Annual report on the working of the mental hospitals in the Madras Presidency - 1912-1932
Year: 1912
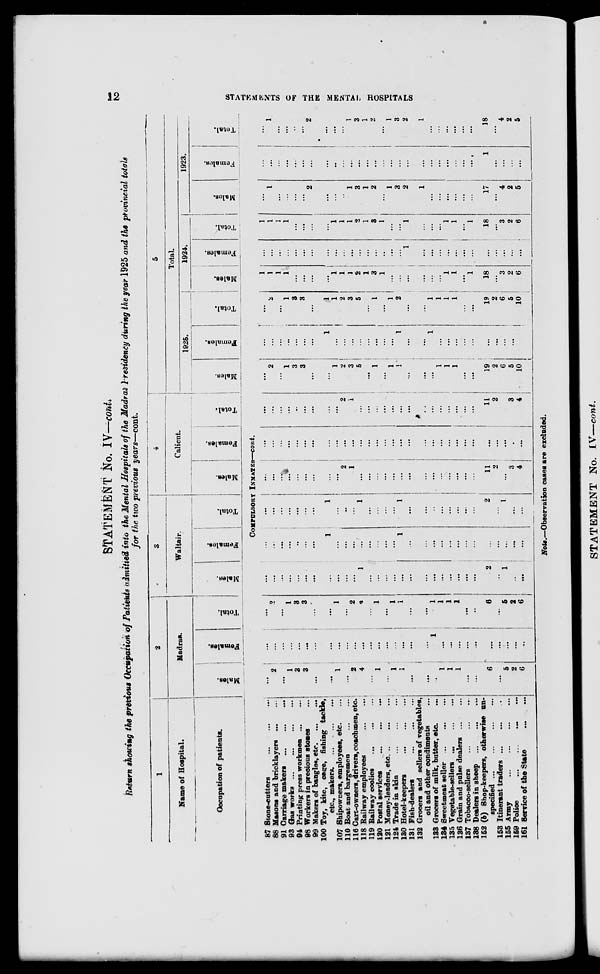
12
STATEMNTS OF THE MENTAL HOSPITALS
STATEMENT No. IV—cont.
Return showing the previous Occupation of Patients admitted into the Mental Hospitals of the Madras Presidency during the year 1925 and the provincial totals
for the two previous years—cont.
1
Name of Hospital.
Occupation of patients.
87 Stone-cutters ... ... ...
88 Masons and bricklayers
...
...
91 Carriage makers
...
...
...
93 Gas works
...
...
...
...
94 Printing press workmen
...
...
98 Workers in precious stones ...
99 Makers of bangles, etc
...
...
100 Toy, kite, cage, fishing tackle,
etc., makers.
...
...
...
107 Shipowners, employees, etc. ...
110 Boat and bargemen
...
...
116 Cart-owners, drivers, coachmen, etc.
118 Railway employees
...
...
...
119 Railway coolies
...
...
...
120 Postal services
...
...
...
121 Money-lenders, etc. ... ... ...
124 Trade in skin
...
...
...
130 Hotel-keepers
...
...
...
131 Fish-dealers
...
...
...
132 Grocers and sellers of vegetables,
oil and other condiments ...
133 Grocers of milk, batter, etc. ...
134 Sweetmeat seller
...
...
...
135 Vegetable-sellers ... ... ...
136 Grain and pulse dealers ... ... ...
137 Tobacco-sellers
...
...
...
138 Dealers in sheep ... ... ...
152 (b) Shop-keepers, otherwise un-
specified ...
...
...
...
153 Itinerant traders ... ... ...
155 Army
...
...
...
...
159 Police
...
...
...
161 Service of the State
...
...
2
Madras.
Males.
Females.
Total.
3
Waltair.
Males.
Females.
Total.
4
Calicut.
Males.
Females.
Total.
5
Total.
1925.
Males.
Females.
Total.
1924.
Males.
Females.
Total.
1923.
Males.
Females.
Total.
COMPULSORY INMATES—cont.
...
2
...
1
3
3
...
...
1
...
2
4
...
1
...
1
1
...
...
..
1
1
1
...
...
6
...
5
2
6
...
...
...
...
...
...
...
...
...
...
...
...
...
...
...
...
...
...
...
1
...
...
...
...
...
...
...
...
...
...
...
2
...
1
3
3
...
...
1
...
2
4
...
1
...
1
1
...
...
1
1
1
1
...
..
6
...
5
2
6
...
...
...
...
...
...
...
...
...
...
...
1
...
...
...
...
...
...
...
...
...
...
...
...
...
2
...
1
...
...
...
...
...
...
...
...
...
1
...
...
...
...
...
...
...
...
1
...
...
...
...
...
...
...
...
...
...
...
...
...
...
.
...
...
...
...
...
1
...
...
...
1
...
...
...
...
1
...
...
...
...
...
...
...
...
2
...
1
...
...
...
...
...
...
...
...
...
...
...
2
1
...
...
...
...
...
...
...
...
...
...
...
...
...
...
11
2
...
3
4
...
...
...
...
...
...
...
...
...
...
...
...
...
...
...
...
...
...
...
...
...
...
...
...
...
...
...
...
...
...
...
...
...
...
...
...
...
...
...
2
1
...
...
...
...
...
...
...
...
...
...
...
...
...
...
11
2
...
3
4
...
2
...
1
3
3
...
...
1
2
3
5
...
1
...
1
1
...
...
...
1
1
1
...
...
19
2
6
5
10
...
...
...
...
...
...
...
1
...
...
...
...
...
...
...
...
1
...
...
1
...
...
...
...
...
...
...
...
...
...
...
2
...
1
3
3
...
1
1
2
3
5
...
1
...
1
2
...
...
1
1
1
1
...
...
19
2
6
5
10
1
1
1
1
...
...
...
...
1
1
1
2
1
3
1
...
...
...
...
...
...
1
1
...
1
18
...
3
2
6
...
...
...
...
...
...
...
...
...
...
...
...
...
...
...
...
...
1
...
...
...
...
...
...
...
...
...
...
...
...
1
1
1
1
...
...
...
...
1
1
1
2
1
3
1
...
...
1
...
...
...
1
1
...
1
18
...
3
2
6
...
1
...
...
...
...
2
...
...
...
1
3
1
2
...
1
3
2
1
...
...
...
...
...
...
17
...
4
2
5
...
...
...
...
...
...
...
...
...
...
...
...
...
...
...
...
...
...
...
...
...
...
...
...
...
1
...
...
...
...
...
1
...
...
...
...
2
...
...
...
1
3
1
2
...
1
3
2
1
...
...
...
...
...
...
18
...
4
2
5
Note.—Observation cases are excluded.